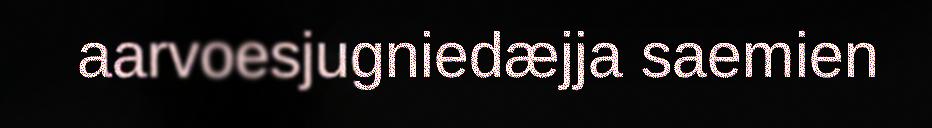
aarvoesjugniedæjja saemien